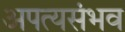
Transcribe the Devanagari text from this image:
अपत्यसंभव